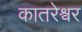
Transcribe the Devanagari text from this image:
कातरेश्वर